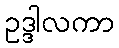
ဥဒ္ဒါလကာ